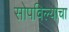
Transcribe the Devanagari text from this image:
सोपविल्याचा